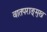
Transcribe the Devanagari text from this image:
वातपराङ्‌मुख